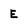
Character: E